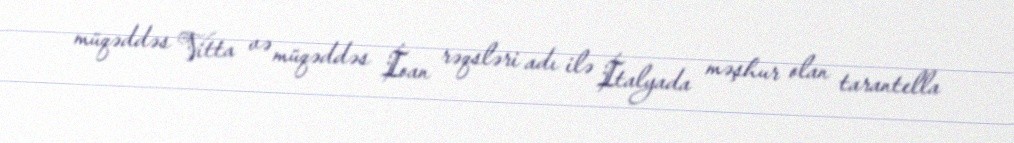
müqəddəs Vitta və müqəddəs İoan rəqsləri adı ilə İtalyada məşhur olan tarantella